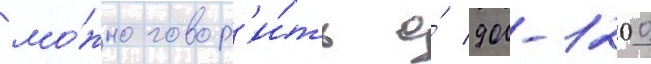
мо́жно говор'и́ть о́ 900-1200